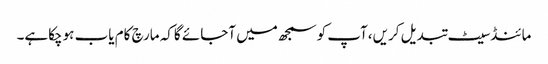
مائنڈسیٹ تبدیل کریں،آپ کوسمجھ میں آجائے گاکہ مارچ کام یاب ہوچکاہے۔